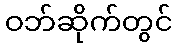
ဝဘ်ဆိုက်တွင်